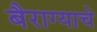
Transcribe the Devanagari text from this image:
बैराग्याचे